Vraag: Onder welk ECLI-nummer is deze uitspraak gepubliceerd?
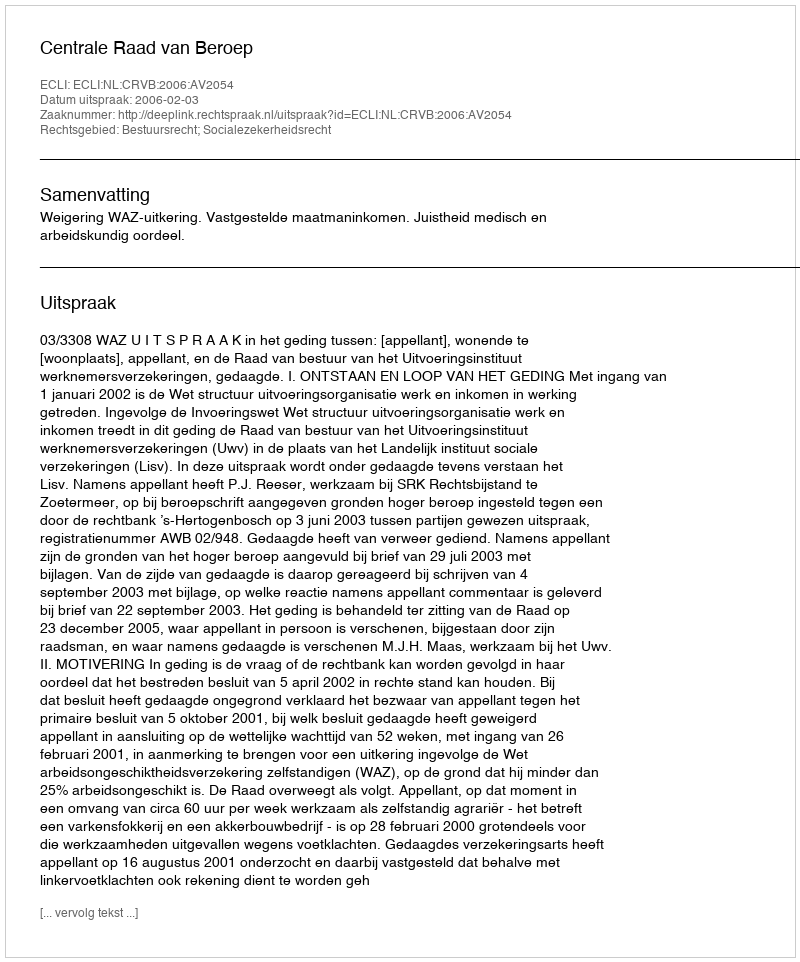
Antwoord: ECLI:NL:CRVB:2006:AV2054